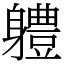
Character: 軆